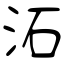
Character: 沰